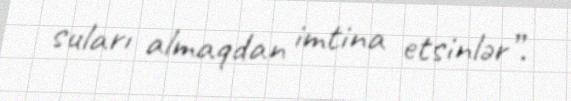
suları almaqdan imtina etsinlər”.